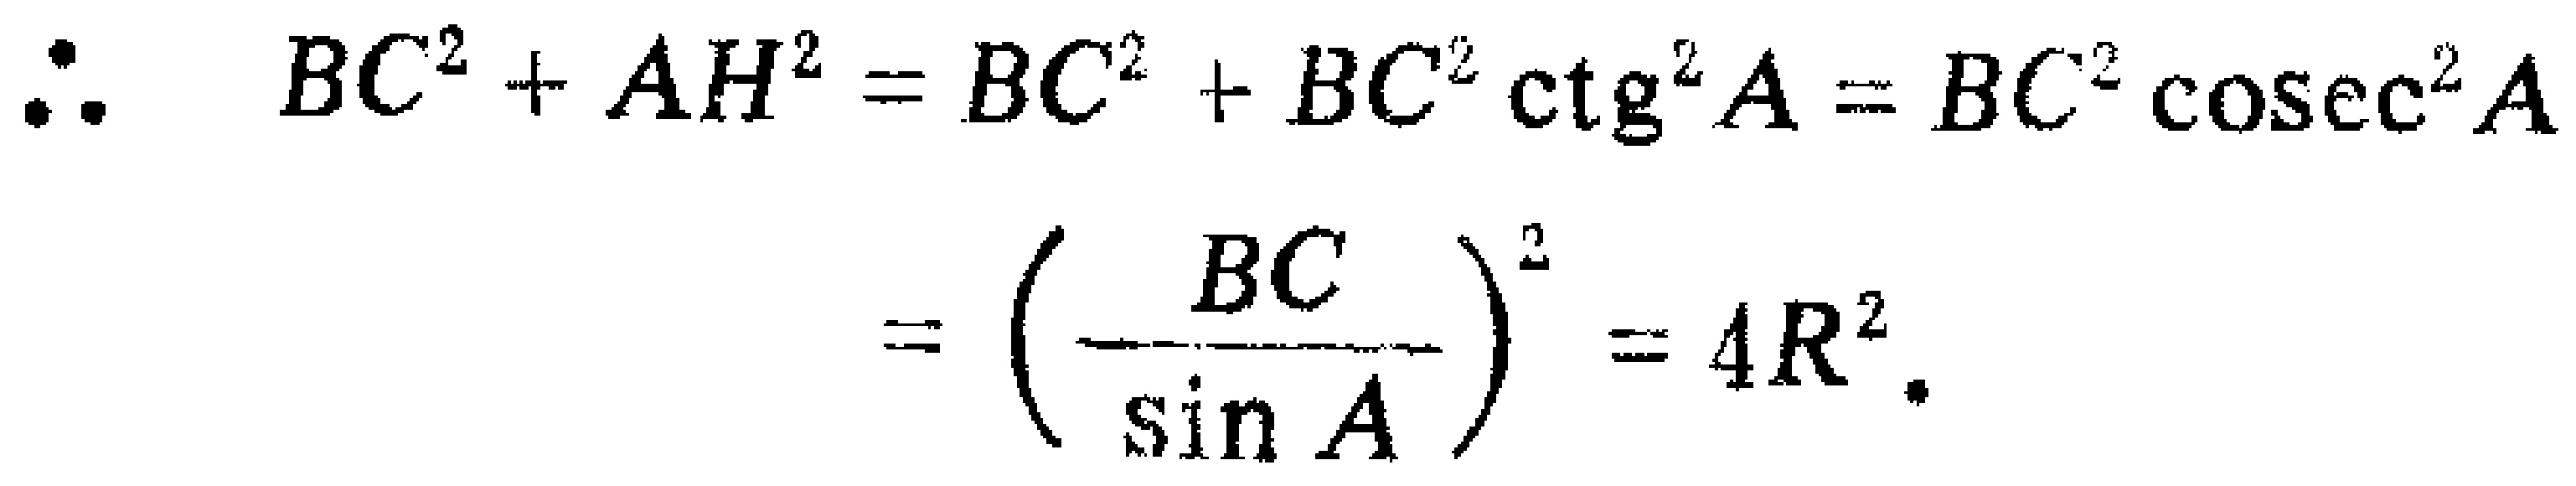
\[\begin{align*}
\therefore BC^{2}+AH^{2}&=BC^{2}+BC^{2}\ctg^{2}A = BC^{2}\csc^{2}A\\
&=\left(\frac{BC}{\sin A}\right)^{2}=4R^{2}.
\end{align*}\]